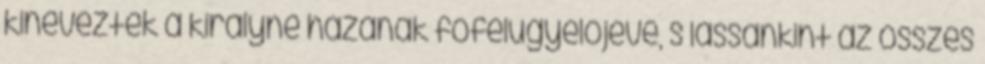
kinevezték a királyné házának főfelügyelőjévé, s lassankint az összes